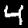
Digit: 4